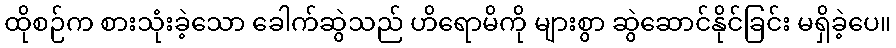
ထိုစဉ်က စားသုံးခဲ့သော ခေါက်ဆွဲသည် ဟိရောမိကို များစွာ ဆွဲဆောင်နိုင်ခြင်း မရှိခဲ့ပေ။